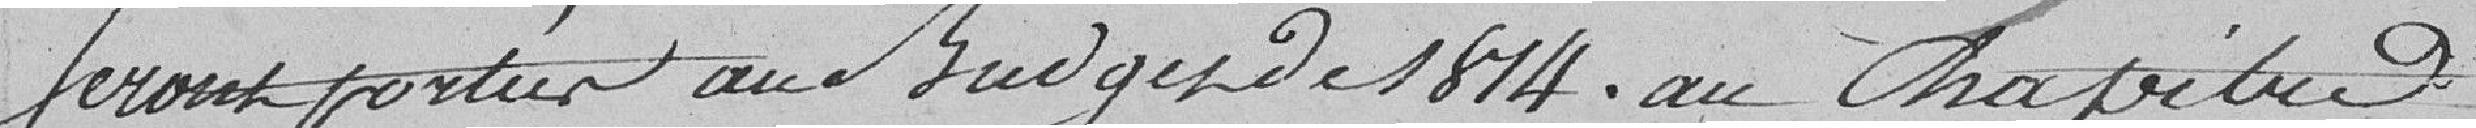
Seront portées au budget de 1814 au Chapitre